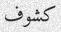
كشوف